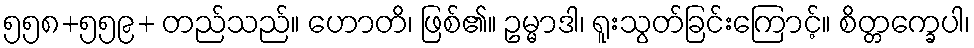
၅၅၈+၅၅၉+ တည်သည်။ ဟောတိ၊ ဖြစ်၏။ ဥမ္မာဒါ၊ ရူးသွတ်ခြင်းကြောင့်။ စိတ္တက္ခေပါ၊